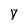
Character: v